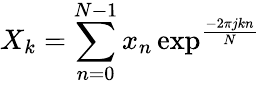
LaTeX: X_{k}=\sum_{n=0}^{N-1}x_{n}\exp^{\frac{-2\pi jkn}{N}}